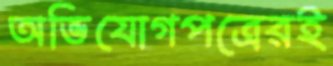
অভিযোগপত্রেরই